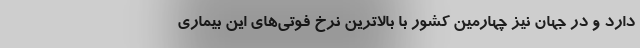
دارد و در جهان نیز چهارمین کشور با بالاترین نرخ فوتی‌های این بیماری